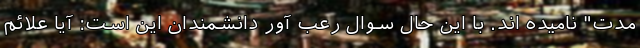
مدت" نامیده اند. با این حال سوال رعب آور دانشمندان این است: آیا علائم